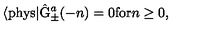
\langle \mathrm { p h y s } | \hat { \mathrm { G } } _ { \pm } ^ { a } ( - n ) = 0 \mathrm { f o r } n \geq 0 ,